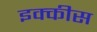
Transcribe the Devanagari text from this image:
इक्‍कीस